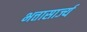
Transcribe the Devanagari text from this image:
भत्तासार्ज्य